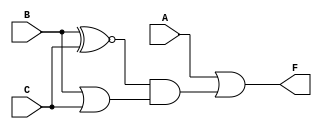
module three_variable_kmap (
    input wire A,  // Input A
    input wire B,  // Input B
    input wire C,  // Input C
    output wire F  // Output F
);

// Combinational logic for the K-map output
assign F = A | (B ~^ C) & (B | C); // A + B'C + BC

endmodule